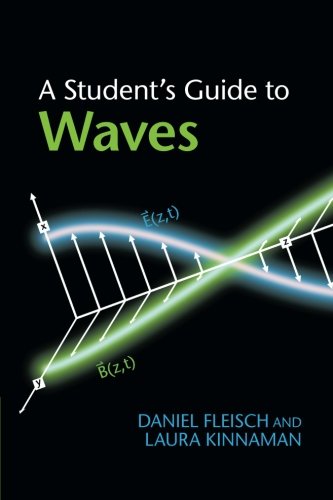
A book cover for A Student's Guide to Waves; Daniel Fleisch; Science & Math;